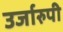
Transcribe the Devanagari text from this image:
उर्जारुपी